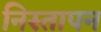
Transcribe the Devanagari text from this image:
निस्तापन